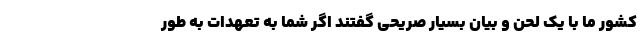
کشور ما با یک لحن و بیان بسیار صریحی گفتند اگر شما به تعهدات به طور